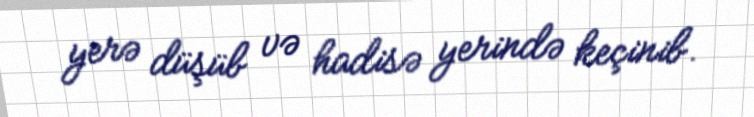
yerə düşüb və hadisə yerində keçinib.